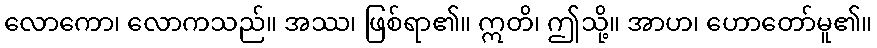
လောကော၊ လောကသည်။ အဿ၊ ဖြစ်ရာ၏။ ဣတိ၊ ဤသို့။ အာဟ၊ ဟောတော်မူ၏။